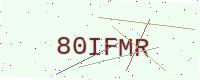
Text: 80IFMR